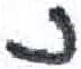
אות: נ